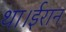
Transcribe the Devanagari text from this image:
था।ईरान